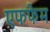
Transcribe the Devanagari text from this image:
एफफेम